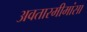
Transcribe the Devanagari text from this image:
अवतारमीमांसा